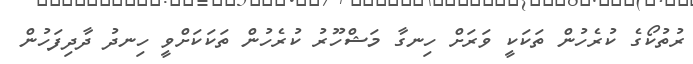
ރުތުކޯގެ ކުރެހުން ތަކަކީ ވަރަށް ހިނގާ މަޝްހޫރު ކުރެހުން ތަކަކަށްވީ ހިނދު ދާދިފަހުން